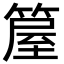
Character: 箼